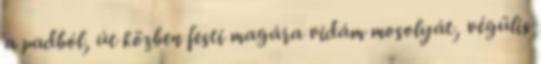
a padból, út közben festi magára vidám mosolyát, végülis